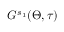
G ^ { s _ { 1 } } ( \Theta , \tau )